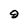
Character: 9